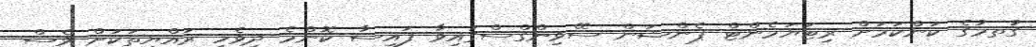
ގަުތމުގެ ކަންކަމަށް ރިޓަޔަމެންޓް ޕެންޝަން ސޭވިންގްސްގައިވާ ފައިސާ ކޮންމެ ދިވެހި ރައްޔިތަކަށް ވެސް